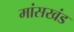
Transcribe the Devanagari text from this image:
मांसखंड